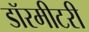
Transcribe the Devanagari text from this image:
डॉरमीटरी